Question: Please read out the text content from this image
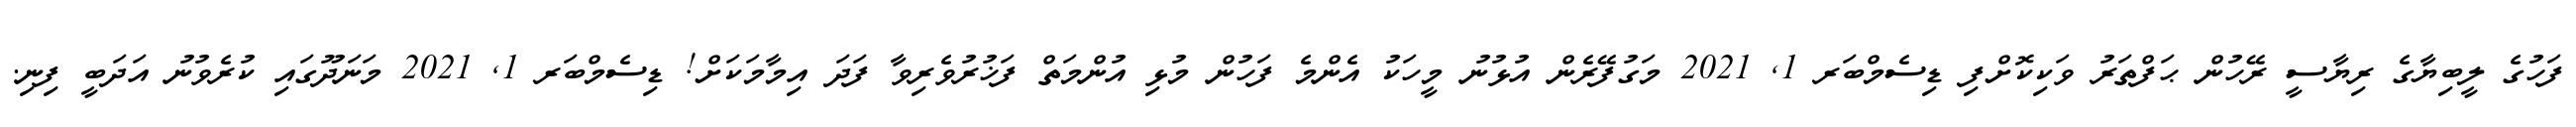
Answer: ފަހުގެ ލީބިޔާގެ ރިޔާސީ ރޭހުން ޙަފްތަރު ވަކިކޮށްފި ޑިސެމްބަރ 1, 2021 މަގުފޭރެން އުޅުނު މީހަކު އެންމެ ފަހުން މުޅި އުންމަތް ފަޚުރުވެރިވާ ފަދަ އިމާމަކަށް! ޑިސެމްބަރ 1, 2021 މަނަދޫގައި ކުރެވުނު އަދަބީ ފިނި.